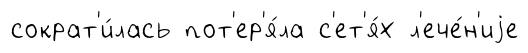
сократ'и́лась пот'ер'я́ла с'ет'я́х л'ече́н'иjе